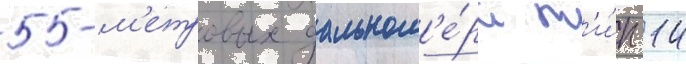
5-м'етровых дальном'е́ра т'и́п 14